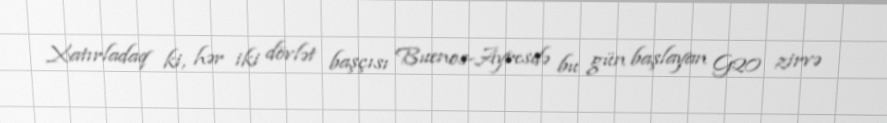
Xatırladaq ki, hər iki dövlət başçısı Buenos-Ayresdə bu gün başlayan G20 zirvə